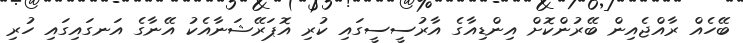
ބޭހެއް ރާއްޖެއިން ބޭރުންކޮށް އިންޑިއާގެ އާރުސީސީގައި ކުރި އޮޕަރޭޝަނާއެކު އޭނާގެ އަނގައިގައި ހުރި